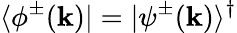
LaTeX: \langle\phi^{\pm}(\mathbf{k})|=|\psi^{\pm}(\mathbf{k})\rangle^{\dagger}